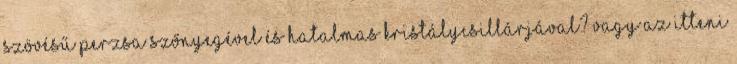
szövésű perzsa szőnyegével és hatalmas kristálycsillárjával? Vagy az itteni